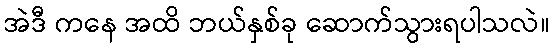
အဲဒီ ကနေ အထိ ဘယ်နှစ်ခု ဆောက်သွားရပါသလဲ။